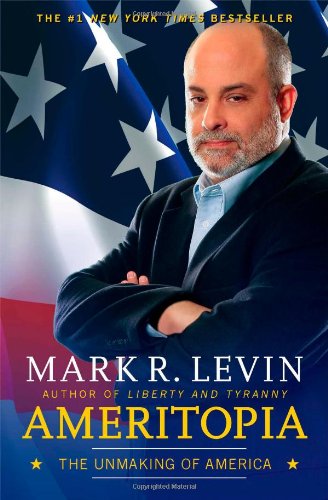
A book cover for Ameritopia: The Unmaking of America; Mark R. Levin; Politics & Social Sciences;